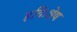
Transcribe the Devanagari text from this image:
हविःशेष